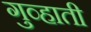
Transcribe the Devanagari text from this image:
गुव्हाती